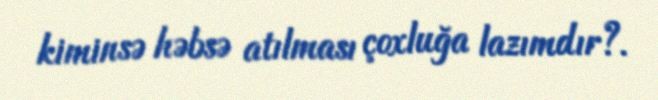
kiminsə həbsə atılması çoxluğa lazımdır?.